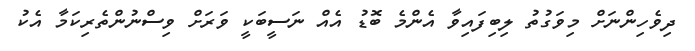
ދިވެހިންނަށް މިވަގުތު ލިބިފައިވާ އެންމެ ބޮޑު އެއް ނަސީބަކީ ވަރަށް ވިސްނުންތެރިކަމާ އެކު